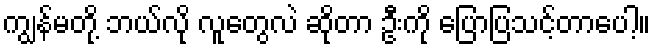
ကျွန်မတို့ ဘယ်လို လူတွေလဲ ဆိုတာ ဦးကို ပြောပြသင့်တာပေါ့။